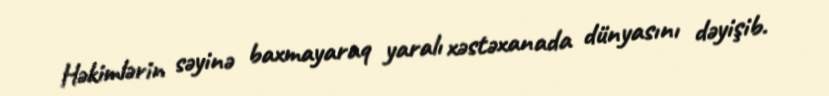
Həkimlərin səyinə baxmayaraq yaralı xəstəxanada dünyasını dəyişib.